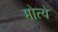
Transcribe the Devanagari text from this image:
मोत्ये